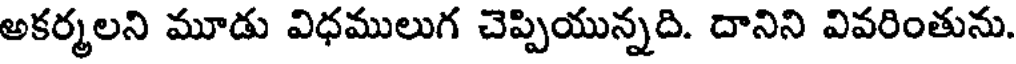
అకర్మలని మూడు విధములుగ చెప్పియున్నది. దానిని వివరింతును.